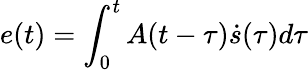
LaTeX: e(t)=\int_{0}^{t}A(t-\tau)\dot{s}(\tau)d\tau